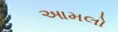
આમલો